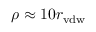
\rho \approx 1 0 r _ { \mathrm { v d w } }